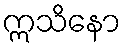
ဣသိနော